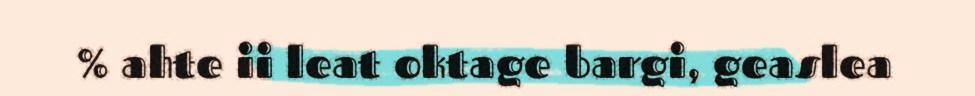
% ahte ii leat oktage bargi, geaslea